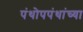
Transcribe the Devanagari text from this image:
पंथोपपंथांच्या